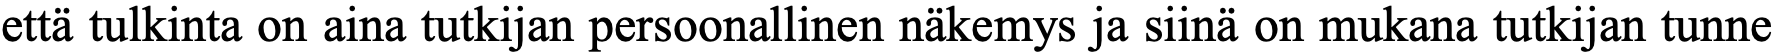
että tulkinta on aina tutkijan persoonallinen näkemys ja siinä on mukana tutkijan tunne